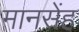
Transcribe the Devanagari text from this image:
मानसेंह